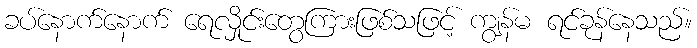
ခပ်နောက်နောက် ရေလှိုင်းတွေကြားဖြစ်သဖြင့် ကျွန်မ ရင်ခုန်နေသည်။